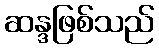
ဆန္ဒဖြစ်သည်